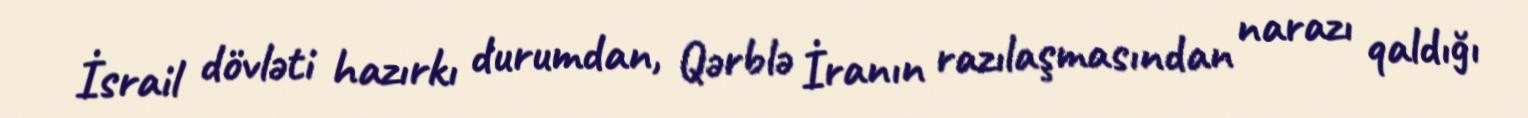
İsrail dövləti hazırkı durumdan, Qərblə İranın razılaşmasından narazı qaldığı